Document type: Barter
Year: 1304
Scribe: Pere Pometa
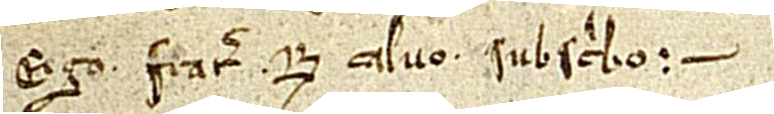
Ego frater R. Calvo subscribo.